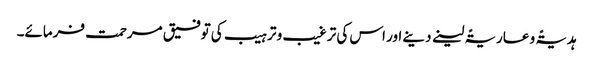
ہدیۃً و عاریۃً لینے دینے اور اس کی ترغیب و ترہیب کی توفیق مرحمت فرمائے۔